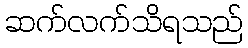
ဆက်လက်သိရသည်